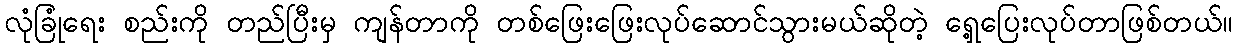
လုံခြုံရေး စည်းကို တည်ပြီးမှ ကျန်တာကို တစ်ဖြေးဖြေးလုပ်ဆောင်သွားမယ်ဆိုတဲ့ ရှေ့ပြေးလုပ်တာဖြစ်တယ်။